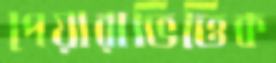
পেয়ারাভিত্তিক